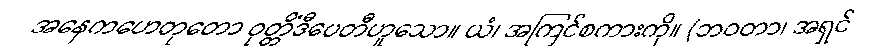
အနေကဟေတုတော ဝုတ္တိံဒီပေတီဟူသော။ ယံ၊ အကြင်စကားကို။ (ဘဝတာ၊ အရှင်